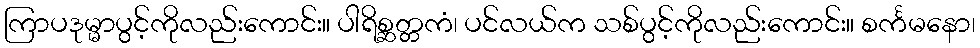
ကြာပဒုမ္မာပွင့်ကိုလည်းကောင်း။ ပါရိစ္ဆတ္တကံ၊ ပင်လယ်က သစ်ပွင့်ကိုလည်းကောင်း။ စင်္ကမနော၊